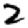
Digit: 2